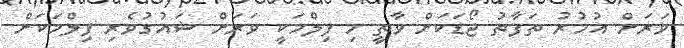
ވަރަށް އުމުރު ތަފާތު ޖޯޑަކަށް ވާތީ މި ފިލްމަކީ ވަރަށް ޝައުގުވެރި ފިލްމަކަށް